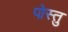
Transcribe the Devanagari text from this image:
पोस्तु